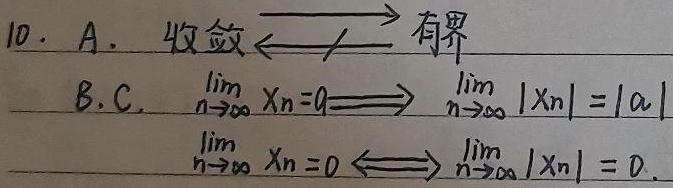
A. 收敛 $\nLeftarrow\Rightarrow$ 有界

B.

C. $\lim\limits_{n\rightarrow\infty}x_{n}=a\Longrightarrow\lim\limits_{n\rightarrow\infty}|x_{n}| = |a|$

$\lim\limits_{n\rightarrow\infty}x_{n}=0\Longleftrightarrow\lim\limits_{n\rightarrow\infty}|x_{n}| = 0.$